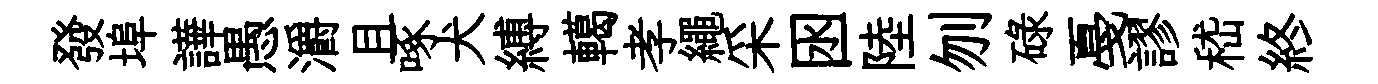
發埠譁愚灂且啄犬縛轕孝繩采囦陸刎碌戞謬嵇終